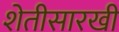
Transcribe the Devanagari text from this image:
शेतीसारखी